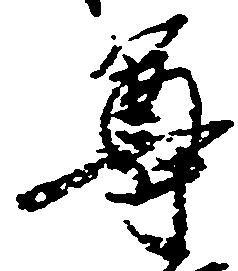
尊